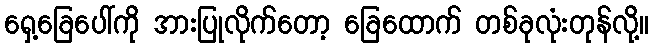
ရှေ့ခြေပေါ်ကို အားပြုလိုက်တော့ ခြေထောက် တစ်ခုလုံးတုန်လို့။